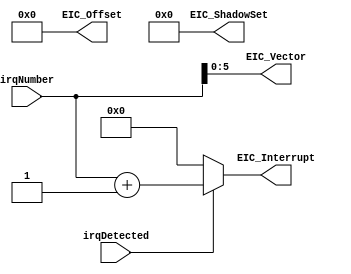
module handler_params_encoder
(
    input      [  7 : 0 ] irqNumber,
    input                 irqDetected,
    
    output     [ 17 : 1 ] EIC_Offset,
    output     [  3 : 0 ] EIC_ShadowSet,
    output     [  7 : 0 ] EIC_Interrupt,
    output     [  5 : 0 ] EIC_Vector
);
    assign EIC_ShadowSet = 4'b0;

    // requested interrupt priority level
    // a value of 0 indicates that no interrupt requests are pending
    assign EIC_Interrupt = irqDetected ? irqNumber + 1  : 8'b0;

    `ifdef EIC_USE_EXPLICIT_VECTOR_OFFSET

        // EIC Option 2 - Explicit Vector Offset
        // for detailes see the chapter 5.3.1.3 in 
        // 'MIPS32 microAptiv UP Processor Core Family Software Users Manual, Revision 01.02'
        //
        // to use this option set 'assign eic_offset = 1'b1;' in m14k_cpz_eicoffset_stub.v

        parameter HANDLER_BASE  = 17'h100;
        parameter HANDLER_SHIFT = 4;

        assign EIC_Offset    = HANDLER_BASE + (irqNumber << HANDLER_SHIFT);
        assign EIC_Vector    = 6'b0;
    `else

        // EIC Option 1 - Explicit Vector Number
        // for detailes see the chapter 5.3.1.3 in 
        // 'MIPS32 microAptiv UP Processor Core Family Software Users Manual, Revision 01.02'
        //
        // to use this option set 'assign eic_offset = 1'b0;' in m14k_cpz_eicoffset_stub.v (default value)

        assign EIC_Offset    = 17'h0;
        assign EIC_Vector    = irqNumber[5:0];
    `endif

endmodule